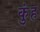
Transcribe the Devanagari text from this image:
कुंह